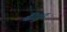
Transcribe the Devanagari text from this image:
बैरेट्टर